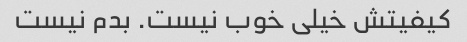
کیفیتش خیلی خوب نیست. بدم نیست